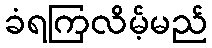
ခံရကြလိမ့်မည်